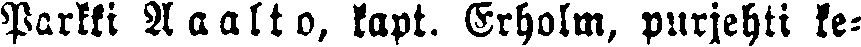
Parkki Aalto, kapt. Erholm, purjehti ke-